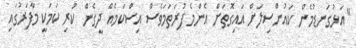
"އަޅުގަނޑުމެން ކައުންސިލަށް އައިގޮތަށް އެންމެ ފުރަތަމަވެސް އިސްކަމެއް ދީގެން ކުރި ކަމަކީ މާފަރުގައި